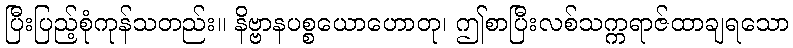
ပြီးပြည့်စုံကုန်သတည်း။ နိဗ္ဗာနပစ္စယောဟောတု၊ ဤစာပြီးလစ်သက္ကရာဇ်ထာချရသော